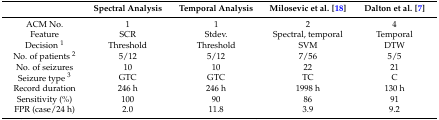
<table><thead><tr><td></td><td><b>Spectral Analysis</b></td><td><b>Temporal Analysis</b></td><td><b>Milosevic et al. [18]</b></td><td><b>Dalton et al. [7]</b></td></tr></thead><tbody><tr><td>ACM No.</td><td>1</td><td>1</td><td>2</td><td>4</td></tr><tr><td>Feature</td><td>SCR</td><td>Stdev.</td><td>Spectral, temporal</td><td>Temporal</td></tr><tr><td>Decision <sup>1</sup></td><td>Threshold</td><td>Threshold</td><td>SVM</td><td>DTW</td></tr><tr><td>No. of patients <sup>2</sup></td><td>5/12</td><td>5/12</td><td>7/56</td><td>5/5</td></tr><tr><td>No. of seizures</td><td>10</td><td>10</td><td>22</td><td>21</td></tr><tr><td>Seizure type <sup>3</sup></td><td>GTC</td><td>GTC</td><td>TC</td><td>C</td></tr><tr><td>Record duration </td><td>246 h</td><td>246 h</td><td>1998 h</td><td>130 h</td></tr><tr><td>Sensitivity (%)</td><td>100</td><td>90</td><td>86</td><td>91</td></tr><tr><td>FPR (case/24 h)</td><td>2.0</td><td>11.8</td><td>3.9</td><td>9.2</td></tr></tbody></table>